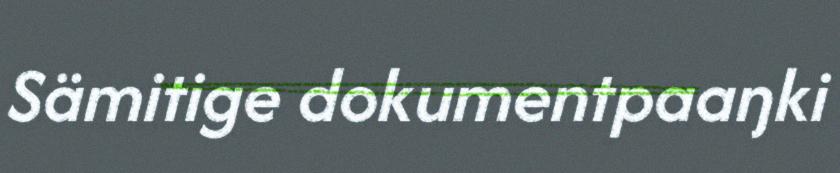
Sämitige dokumentpaaŋki